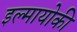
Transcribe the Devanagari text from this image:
इल्मायोकी